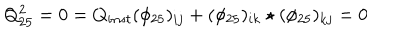
Q _ { 2 5 } ^ { 2 } = 0 = Q _ { i n s t } ( \phi _ { 2 5 } ) _ { i j } + ( \phi _ { 2 5 } ) _ { i k } \star ( \phi _ { 2 5 } ) _ { k j } = 0